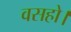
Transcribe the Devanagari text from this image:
वसहो।